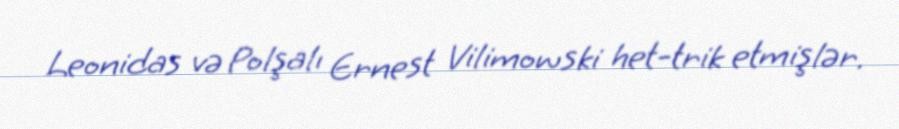
Leonidas və Polşalı Ernest Vilimowski het-trik etmişlər.